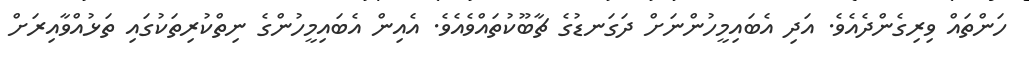
ހަންތައް ވިރިގެންދެއެވެ. އަދި އެބައިމީހުންނަށް ދަގަނޑުގެ ޗާބޫކުތައްވެއެވެ. އެއިން އެބައިމީހުންގެ ނިތްކުރިތަކުގައި ތަޅުއްވާއިރަށް